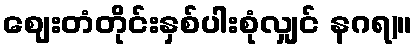
ဈေးတံတိုင်းနှစ်ပါးစုံလျှင် နဂရ)။